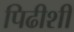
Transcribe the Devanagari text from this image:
पिढीशी